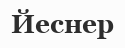
Йеснер